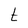
Character: t